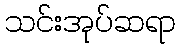
သင်းအုပ်ဆရာ